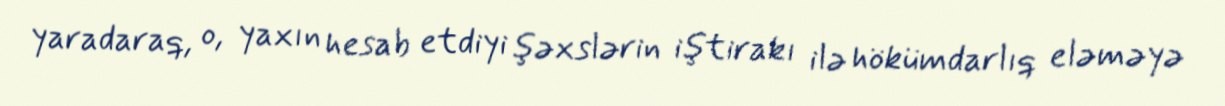
yaradaraq, o, yaxın hesab etdiyi şəxslərin iştirakı ilə hökümdarlıq eləməyə